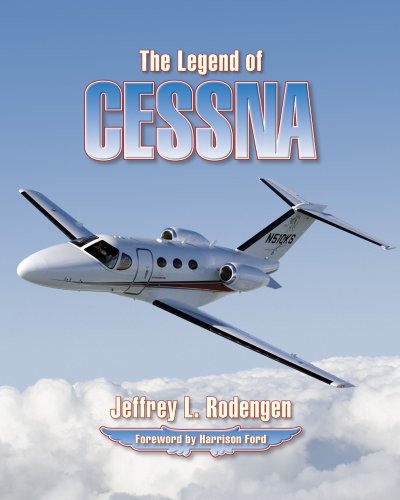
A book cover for The Legend of Cessna; Jeffrey L. Rodengen; Business & Money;